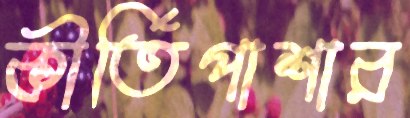
কীর্তিপাশার